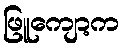
ဖြူကျော့က